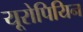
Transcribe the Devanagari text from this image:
यूरोपियिन